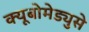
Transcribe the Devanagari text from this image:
क्यूबोमेड्युसे